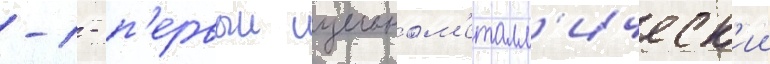
-1 - п'ервыи цельном'еталл'ическ'ии